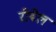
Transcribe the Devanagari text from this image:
रीबेल